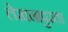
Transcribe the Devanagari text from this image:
लेखनापुरता